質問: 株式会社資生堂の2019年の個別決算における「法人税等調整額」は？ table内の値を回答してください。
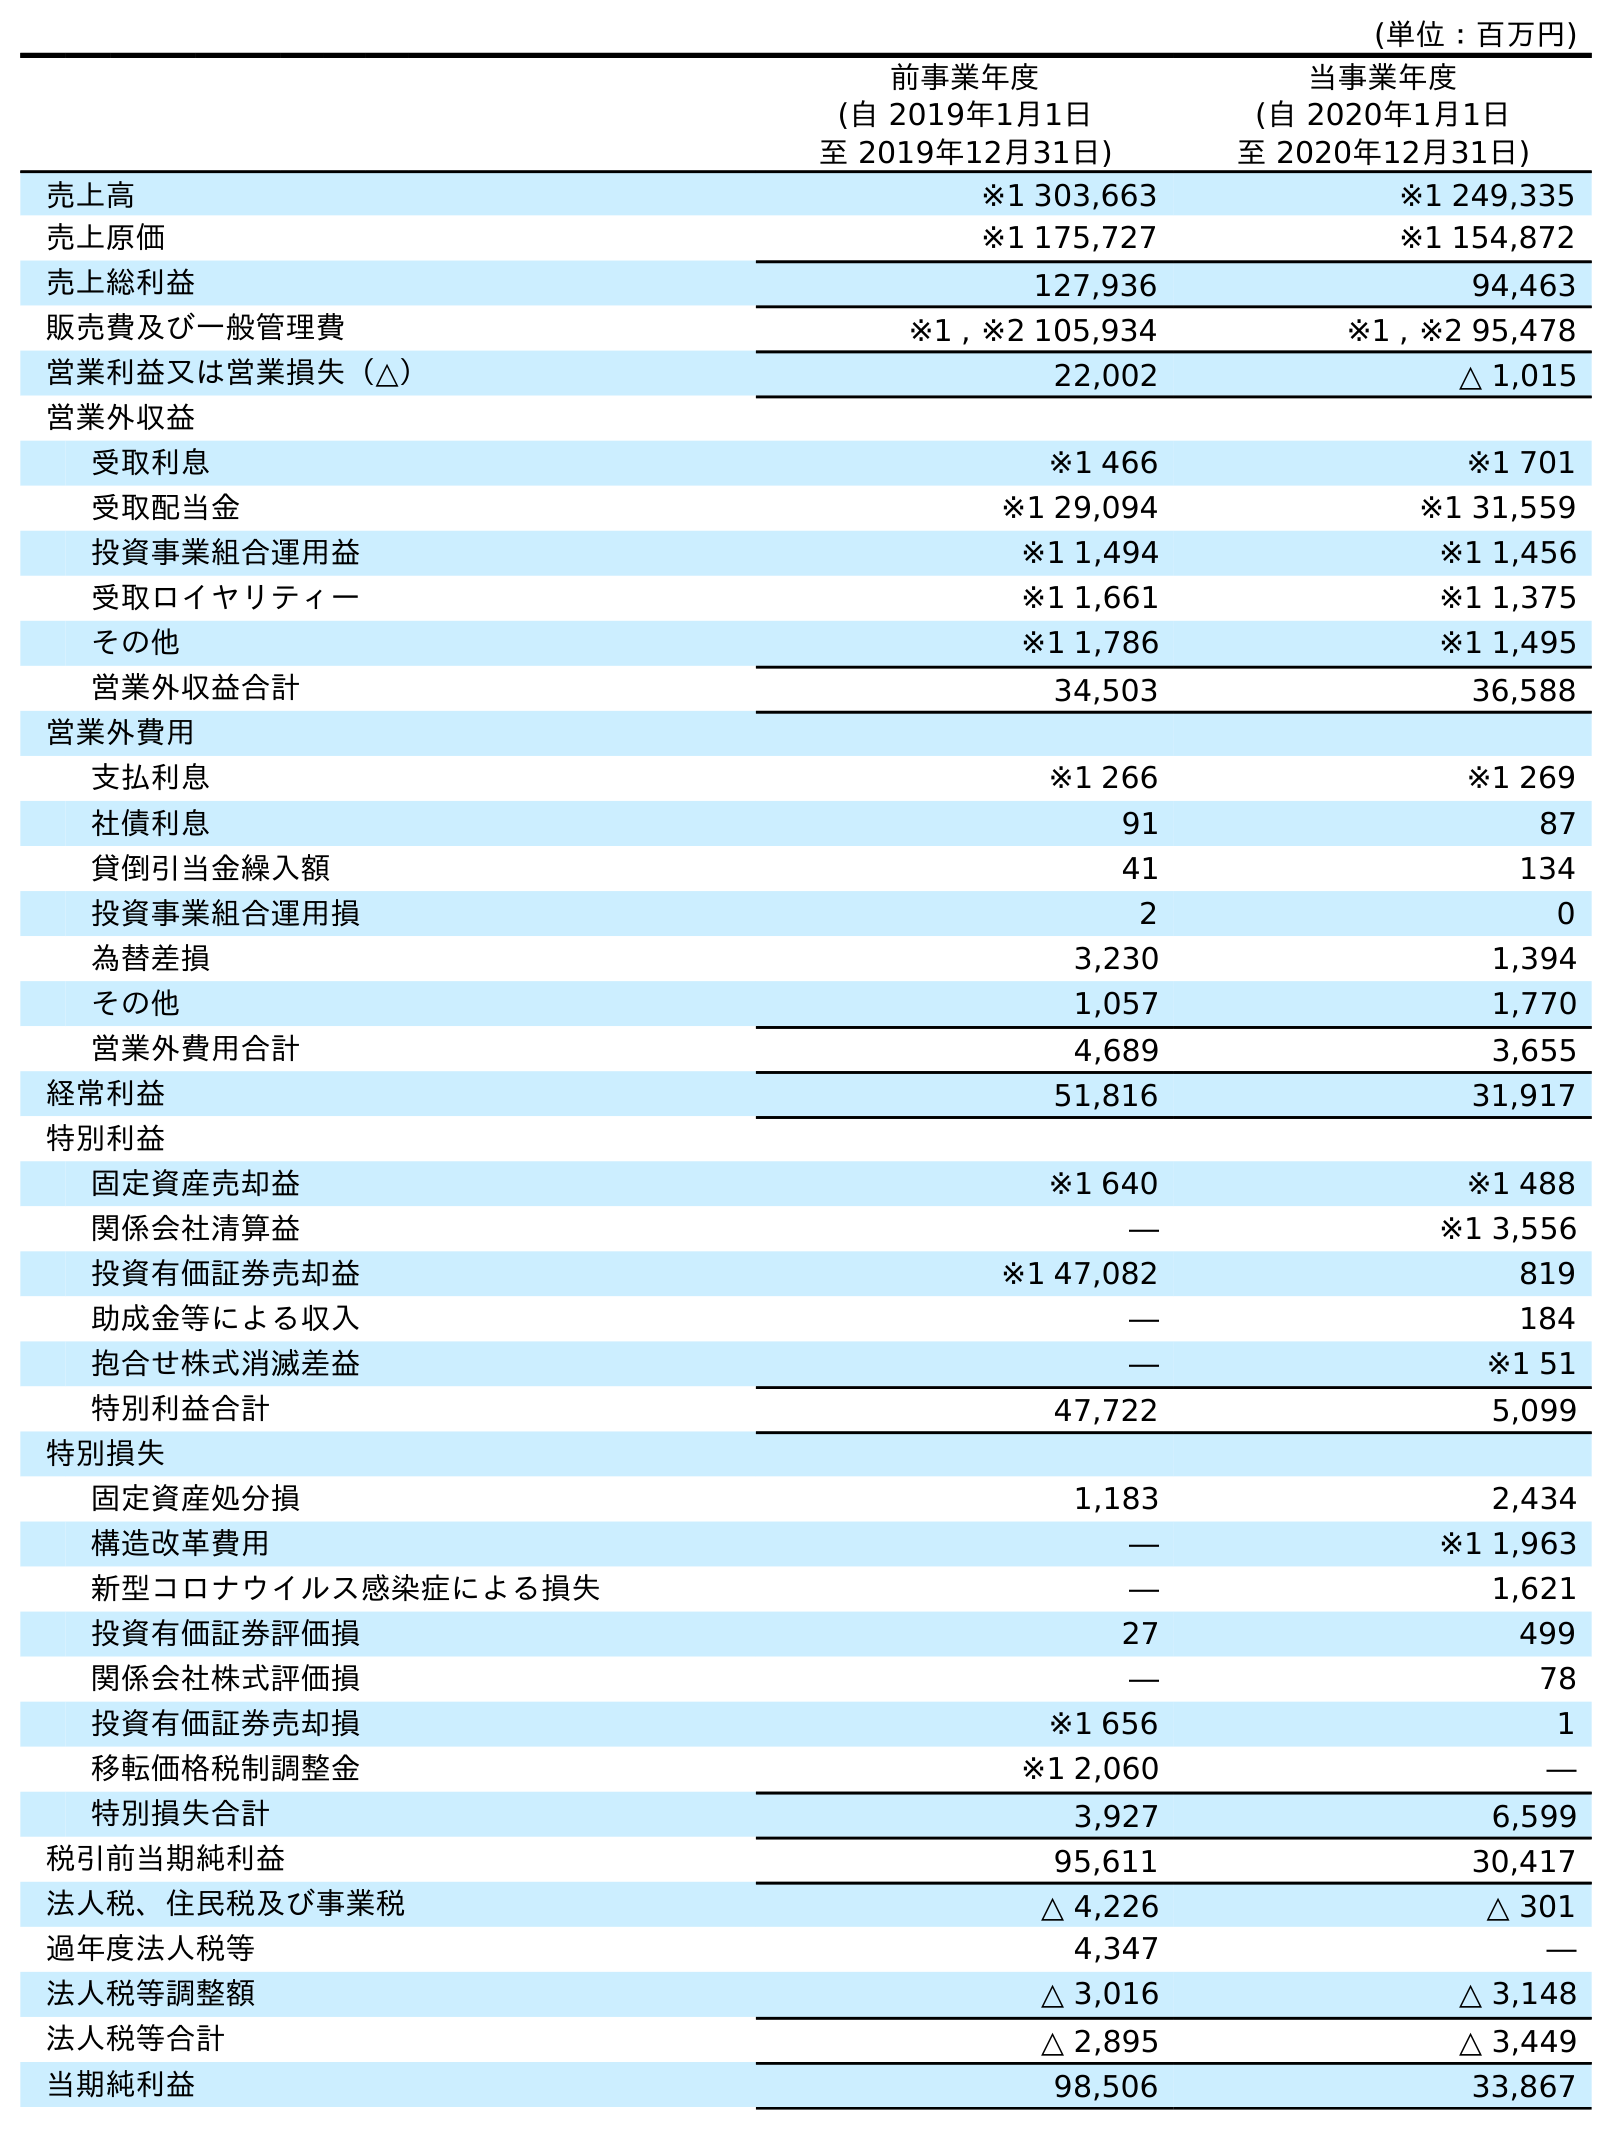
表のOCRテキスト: (単位：百万円) 前事業年度 (自 2019年1月1日 至 2019年12月31日) 当事業年度 (自 2020年1月1日 至 2020年12月31日) 売上高 ※1 303,663 ※1 249,335 売上原価 ※1 175,727 ※1 154,872 売上総利益 127,936 94,463 販売費及び一般管理費 ※1 , ※2 105,934 ※1 , ※2 95,478 営業利益又は営業損失（△） 22,002 △ 1,015 営業外収益 受取利息 ※1 466 ※1 701 受取配当金 ※1 29,094 ※1 31,559 投資事業組合運用益 ※1 1,494 ※1 1,456 受取ロイヤリティー ※1 1,661 ※1 1,375 その他 ※1 1,786 ※1 1,495 営業外収益合計 34,503 36,588 営業外費用 支払利息 ※1 266 ※1 269 社債利息 91 87 貸倒引当金繰入額 41 134 投資事業組合運用損 2 0 為替差損 3,230 1,394 その他 1,057 1,770 営業外費用合計 4,689 3,655 経常利益 51,816 31,917 特別利益 固定資産売却益 ※1 640 ※1 488 関係会社清算益 ― ※1 3,556 投資有価証券売却益 ※1 47,082 819 助成金等による収入 ― 184 抱合せ株式消滅差益 ― ※1 51 特別利益合計 47,722 5,099 特別損失 固定資産処分損 1,183 2,434 構造改革費用 ― ※1 1,963 新型コロナウイルス感染症による損失 ― 1,621 投資有価証券評価損 27 499 関係会社株式評価損 ― 78 投資有価証券売却損 ※1 656 1 移転価格税制調整金 ※1 2,060 ― 特別損失合計 3,927 6,599 税引前当期純利益 95,611 30,417 法人税、住民税及び事業税 △ 4,226 △ 301 過年度法人税等 4,347 ― 法人税等調整額 △ 3,016 △ 3,148 法人税等合計 △ 2,895 △ 3,449 当期純利益 98,506 33,867
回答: △3,016